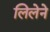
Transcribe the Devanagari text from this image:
लिलेने